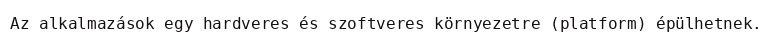
Az alkalmazások egy hardveres és szoftveres környezetre (platform) épülhetnek.